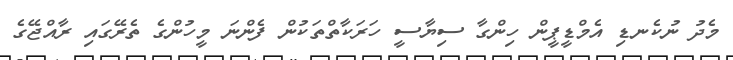
މެދު ނުކެނޑި އެމްޑީޕީން ހިންގާ ސިޔާސީ ހަރަކާތްތަކުން ފެންނަ މީހުންގެ ތެރޭގައި ރާއްޖޭގެ